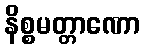
နိစ္စမတ္တာဏော